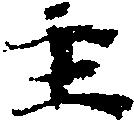
主